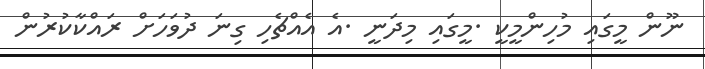
ނޫން މީގައި މުހިންމީކީ .މީގައި މިދަނީ .އެ އެއްޗެހި ގިނަ ދުވަހަށް ރައްކާކުރުން